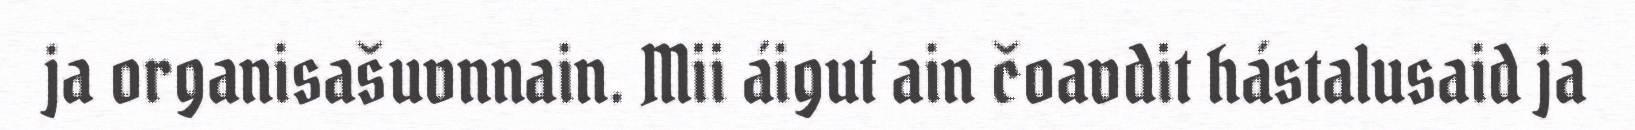
ja organisašuvnnain. Mii áigut ain čoavdit hástalusaid ja